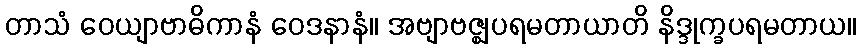
တာသံ ဝေယျာဗာဓိကာနံ ဝေဒနာနံ။ အဗျာဗဇ္ဈပရမတာယာတိ နိဒ္ဒုက္ခပရမတာယ။